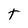
Character: T